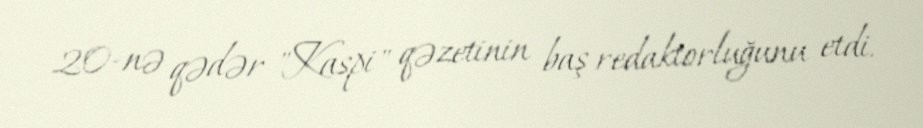
20-nə qədər "Kaspi" qəzetinin baş redaktorluğunu etdi.